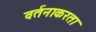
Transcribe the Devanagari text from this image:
वर्तनाकरता